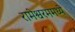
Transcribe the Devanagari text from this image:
रामेश्वरममध्ये